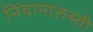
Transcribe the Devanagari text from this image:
निंदानालस्ती